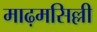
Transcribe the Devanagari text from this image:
माढ़मसिल्ली